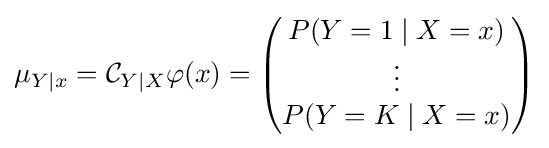
\mu _{Y\mid x}={\mathcal {C}}_{Y\mid X}\varphi (x)={\begin{pmatrix}P(Y=1\mid X=x)\\\vdots \\P(Y=K\mid X=x)\\\end{pmatrix}}